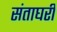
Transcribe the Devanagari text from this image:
संताघरीं